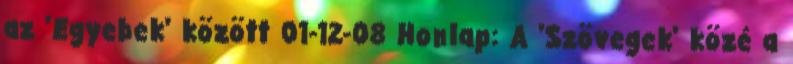
az 'Egyebek' között 01-12-08 Honlap: A 'Szövegek' közé a